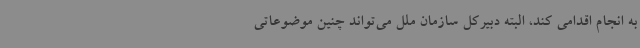
به انجام اقدامی کند، البته دبیرکل سازمان ملل می‌تواند چنین موضوعاتی